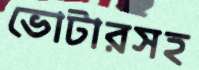
ভোটারসহ